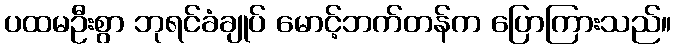
ပထမဦးစွာ ဘုရင်ခံချုပ် မောင့်ဘက်တန်က ပြောကြားသည်။